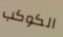
الكوكب